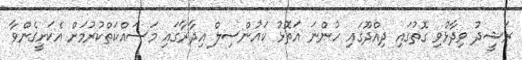
ރަޝީދު ވިދާޅުވި ގޮތުގައި ދިއްދޫގައި ހުންނަ އަތޮޅު ކައުންސިލް އިދާރާގައި މަސައްކަތްކުރުމަށް އެކަށީގެންވާ